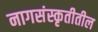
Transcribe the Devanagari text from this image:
नागसंस्कृतीतील